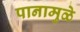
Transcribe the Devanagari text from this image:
पानामुळे